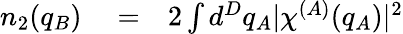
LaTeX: \begin{array}{rlr}{n_{2}(q_{B})}&{{}=}&{2\int d^{D}q_{A}\lvert\chi^{(A)}(q_{A})\rvert^{2}}\end{array}